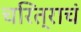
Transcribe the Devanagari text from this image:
चरित्राचं